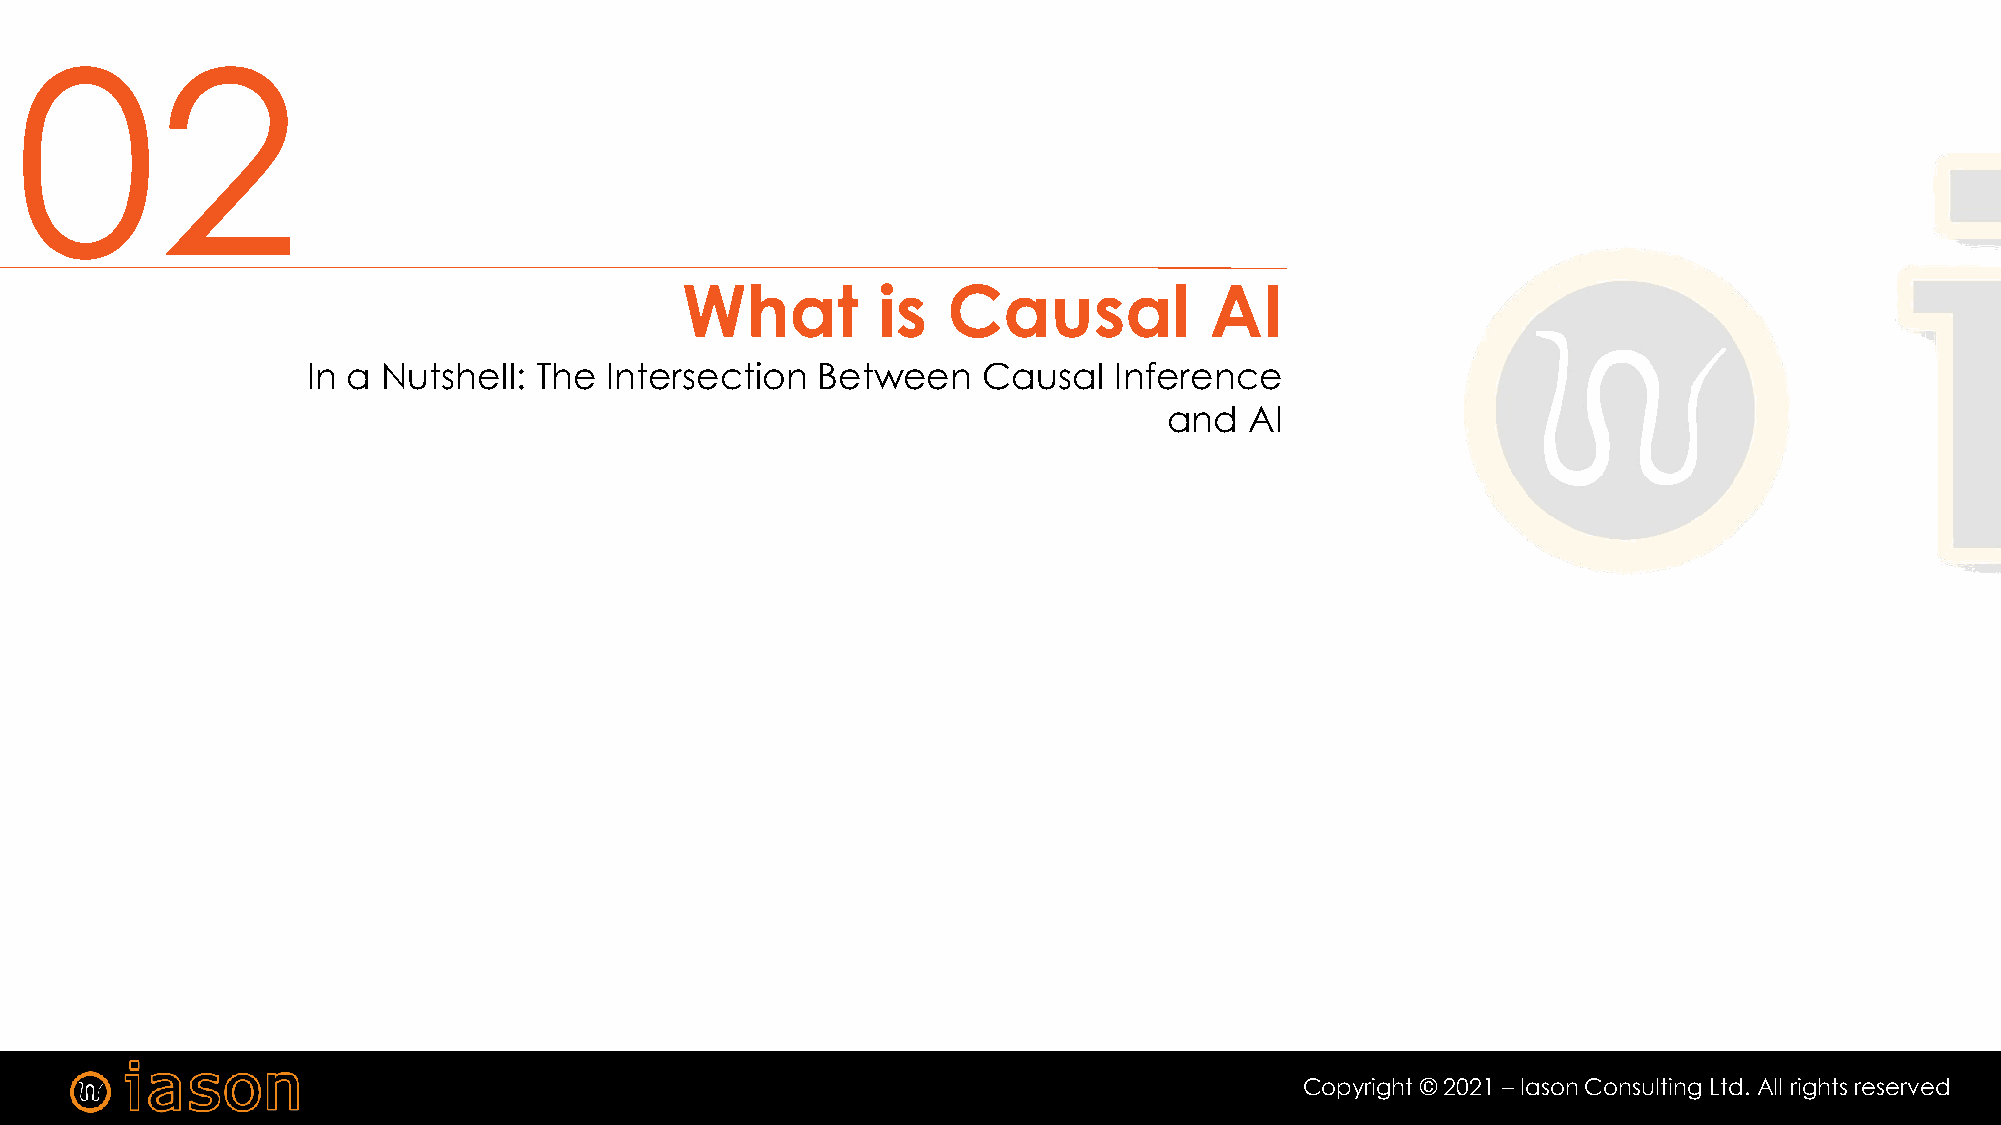
02
 What         is   Causal           AI
 In a Nutshell: The  Intersection  Between    Causal   Inference
 and   AI
 Copyright © 2021 – Iason Consulting Ltd. All rights reserved